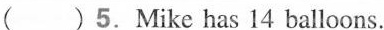
( ) 5.Mike has 14 balloons.